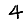
Digit: 4